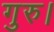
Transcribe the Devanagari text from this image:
गुरु।